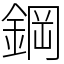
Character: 鋼